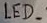
Text: LED_2